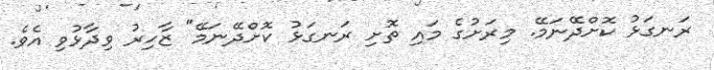
ރަނގަޅު ކޮށްދޭނަމޭ. މިރަށުގެ މައި ތޮށި ރަނގަޅު ކޮށްދޭނަމޭ" ޒާހިރު ވިދާޅުވި އެވެ.